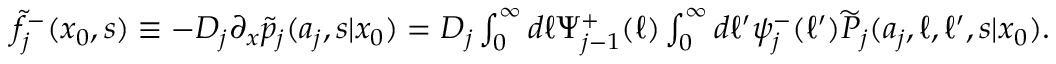
\begin{array} { r } { \widetilde { f } _ { j } ^ { - } ( x _ { 0 } , s ) \equiv - D _ { j } \partial _ { x } \widetilde { p } _ { j } ( a _ { j } , s | x _ { 0 } ) = D _ { j } \int _ { 0 } ^ { \infty } d \ell \Psi _ { j - 1 } ^ { + } ( \ell ) \int _ { 0 } ^ { \infty } d \ell ^ { \prime } \psi _ { j } ^ { - } ( \ell ^ { \prime } ) \widetilde { P } _ { j } ( a _ { j } , \ell , \ell ^ { \prime } , s | x _ { 0 } ) . } \end{array}